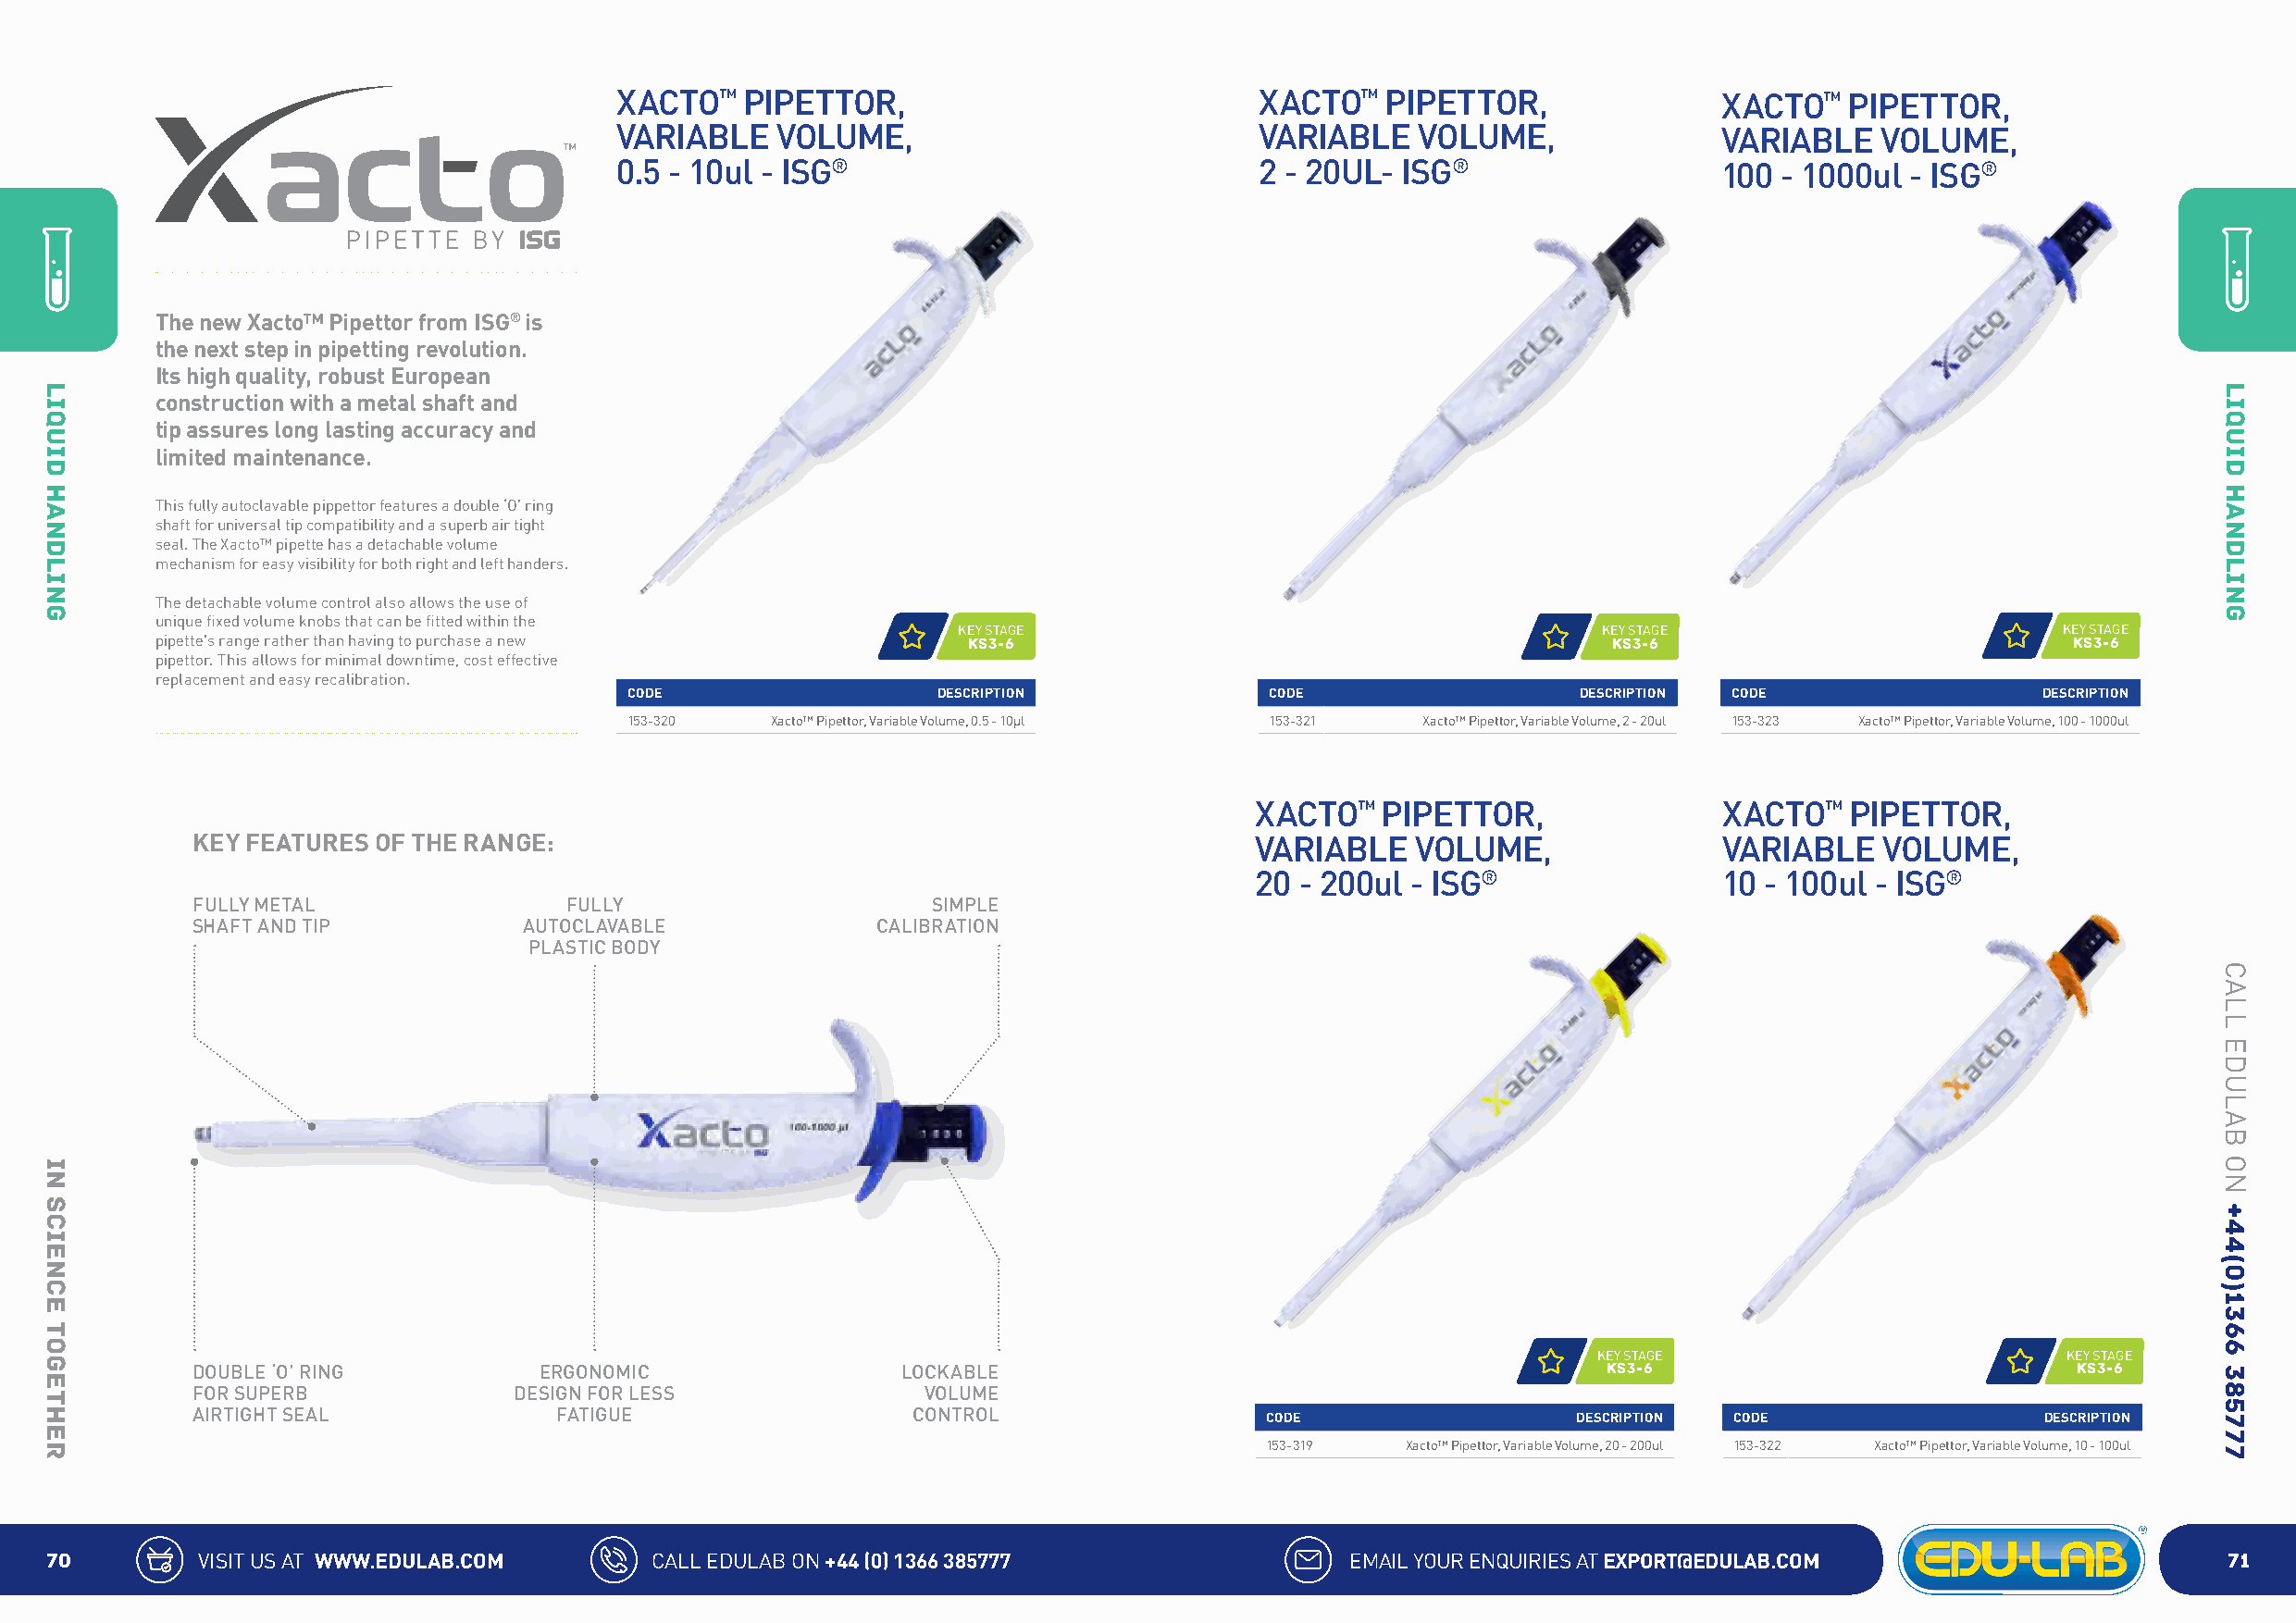
XACTO™   PIPETTOR,                            XACTO™   PIPETTOR,               XACTO™   PIPETTOR,
 VARIABLE    VOLUME,                           VARIABLE   VOLUME,               VARIABLE    VOLUME,
 0.5 - 10ul - ISG®                             2 - 20UL- ISG®                   100 - 1000ul  - ISG®
 The new Xacto™ Pipettor from ISG® is
 the next step in pipetting revolution.
 Its high quality, robust European
 construction with a metal shaft and
 tip assures long lasting accuracy and
 limited maintenance.
 This fully autoclavable pippettor features a double ‘O’ ring
 shaft for universal tip compatibility and a superb air tight
 seal. The Xacto™ pipette has a detachable volume
 mechanism for easy visibility for both right and left handers.
 The detachable volume control also allows the use of
 unique fixed volume knobs that can be fitted within the
 KEY STAGE                                     KEY STAGE                        KEY STAGE
 pipette's range rather than having to purchase a new      KS3-6                                         KS3-6                            KS3-6
 pipettor. This allows for minimal downtime, cost effective
 replacement and easy recalibration.
 CODE                  DESCRIPTION             CODE                  DESCRIPTION CODE                 DESCRIPTION
 153-320   Xacto™ Pipettor, Variable Volume, 0.5 - 10µl 153-321 Xacto™ Pipettor, Variable Volume, 2 - 20ul 153-323 Xacto™ Pipettor, Variable Volume, 100 - 1000ul
 XACTO™   PIPETTOR,               XACTO™   PIPETTOR,
 KEY FEATURES OF THE RANGE:                                                  VARIABLE   VOLUME,               VARIABLE    VOLUME,
 20 - 200ul - ISG®                10 - 100ul - ISG®
 FULLY METAL               FULLY                      SIMPLE
 SHAFT AND TIP          AUTOCLAVABLE              CALIBRATION
 PLASTIC BODY
 KEY STAGE                         KEY STAGE
 DOUBLE ‘O’ RING          ERGONOMIC                LOCKABLE                                           KS3-6                            KS3-6
 FOR SUPERB             DESIGN FOR LESS              VOLUME
 AIRTIGHT SEAL             FATIGUE                  CONTROL
 CODE                  DESCRIPTION CODE                 DESCRIPTION
 153-319   Xacto™ Pipettor, Variable Volume, 20 - 200ul 153-322 Xacto™ Pipettor, Variable Volume, 10 - 100ul
 70         VISIT US AT WWW.EDULAB.COM       CALL EDULAB ON +44 (0) 1366 385777                EMAIL YOUR ENQUIRIES AT EXPORT@EDULAB.COM                     71
 LIQUID
 HANDLING
 IN
 SCIENCE
 TOGETHER
 LIQUID
 HANDLING
 CALL
 EDULAB
 ON
 +44(0)1366
 385777